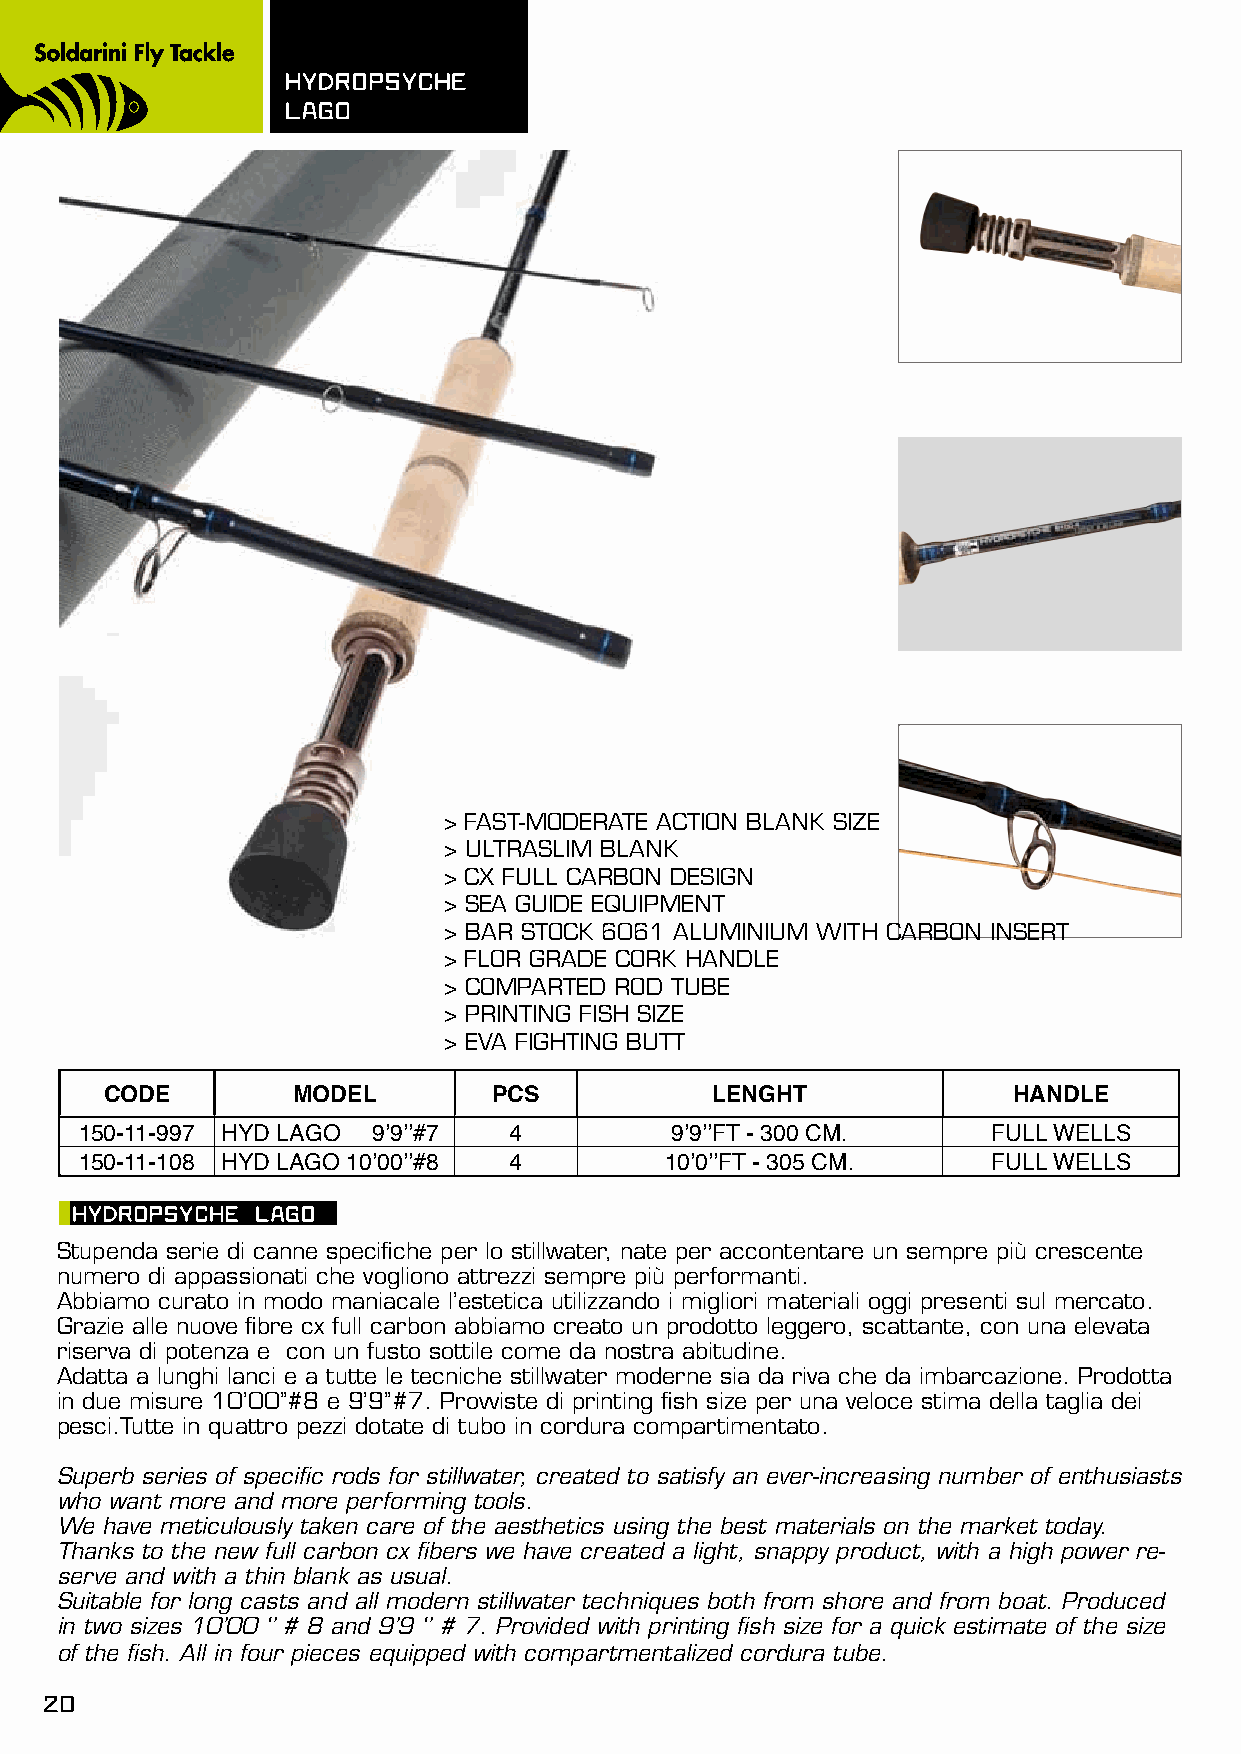
hydROpsyChE
 LAGO
 > FAST-MODERATE ACTION BLANK SIZE
 > ULTRASLIM BLANK
 > CX FULL CARBON DESIGN
 > SEA GUIDE EQUIPMENT
 > BAR STOCK 6061 ALUMINIUM WITH CARBON INSERT
 > FLOR GRADE CORK HANDLE
 > COMPARTED ROD TUBE
 > PRINTING FISH SIZE
 > EVA FIGHTING BUTT
 CODE        MODEL         PCS           LENGHT              HANDLE
 150-11-997 HYD LAGO 9’9’’#7  4         9’9’’FT - 300 CM.     FULL WELLS
 150-11-108 HYD LAGO 10’00’’#8 4        10’0’’FT - 305 CM.    FULL WELLS
 hydROpsyChE LAGO
 Stupenda serie di canne specifiche per lo stillwater, nate per accontentare un sempre più crescente
 numero di appassionati che vogliono attrezzi sempre più performanti.
 Abbiamo curato in modo maniacale l’estetica utilizzando i migliori materiali oggi presenti sul mercato.
 Grazie alle nuove fibre cx full carbon abbiamo creato un prodotto leggero, scattante, con una elevata
 riserva di potenza e con un fusto sottile come da nostra abitudine.
 Adatta a lunghi lanci e a tutte le tecniche stillwater moderne sia da riva che da imbarcazione. Prodotta
 in due misure 10’00’’#8 e 9’9’’#7. Provviste di printing fish size per una veloce stima della taglia dei
 pesci.Tutte in quattro pezzi dotate di tubo in cordura compartimentato.
 Superb series of specific rods for stillwater, created to satisfy an ever-increasing number of enthusiasts
 who want more and more performing tools.
 We have meticulously taken care of the aesthetics using the best materials on the market today.
 Thanks to the new full carbon cx fibers we have created a light, snappy product, with a high power re-
 serve and with a thin blank as usual.
 Suitable for long casts and all modern stillwater techniques both from shore and from boat. Produced
 in two sizes 10’00 ‘’ # 8 and 9’9 ‘’ # 7. Provided with printing fish size for a quick estimate of the size
 of the fish. All in four pieces equipped with compartmentalized cordura tube.
 20